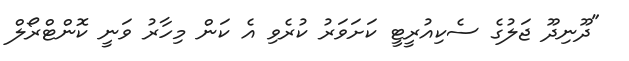
"ދޫނިދޫ ޖަލުގެ ސެކިއުރީޓީ ކަށަވަރު ކުރެވި އެ ކަން މިހާރު ވަނީ ކޮންޓްރޯލް